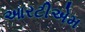
આરટીએમ